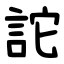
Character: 詑